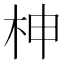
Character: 柛